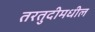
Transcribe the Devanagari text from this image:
तरतुदीमधील